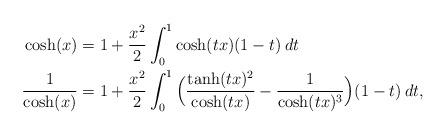
LaTeX: \begin{align*} \cosh(x) & = 1 + \frac{x^2}{2} \int_0^1\cosh(tx)(1-t) \:dt \\ \frac{1}{\cosh(x)} & = 1 + \frac{x^2}{2} \int_0^1 \Big(\frac{\tanh(tx)^2}{\cosh(tx)}- \frac{ 1}{\cosh(tx)^3}\Big)(1-t)\:dt, \end{align*}